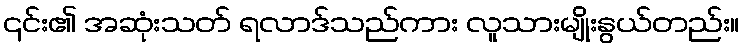
၎င်း၏ အဆုံးသတ် ရလာဒ်သည်ကား လူသားမျိုးနွယ်တည်း။